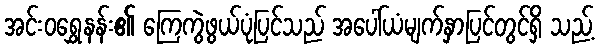
အင်းဝရွှေနန်း၏ ကြေကွဲဖွယ်ပုံပြင်သည် အပေါ်ယံမျက်နှာပြင်တွင်ရှိ သည့်